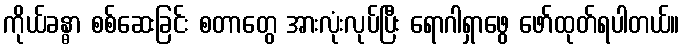
ကိုယ်ခန္ဓာ စစ်ဆေးခြင်း စတာတွေ အားလုံးလုပ်ပြီး ရောဂါရှာဖွေ ဖော်ထုတ်ရပါတယ်။